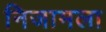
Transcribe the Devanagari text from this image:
निजामला